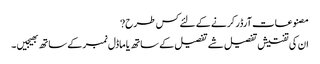
مصنوعات آرڈر کرنے کے لئے کس طرح?
ان کی تفتیش تفصیل شے تفصیل کے ساتھ یا ماڈل نمبر کے ساتھ بھیجیں ۔